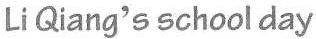
Li Qiang's school day